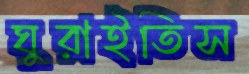
ঘুরাইতিস